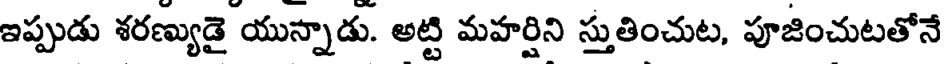
ఇప్పుడు శరణ్యుడై యున్నాడు. అట్టి మహర్షిని స్తుతించుట, పూజించుటతోనే